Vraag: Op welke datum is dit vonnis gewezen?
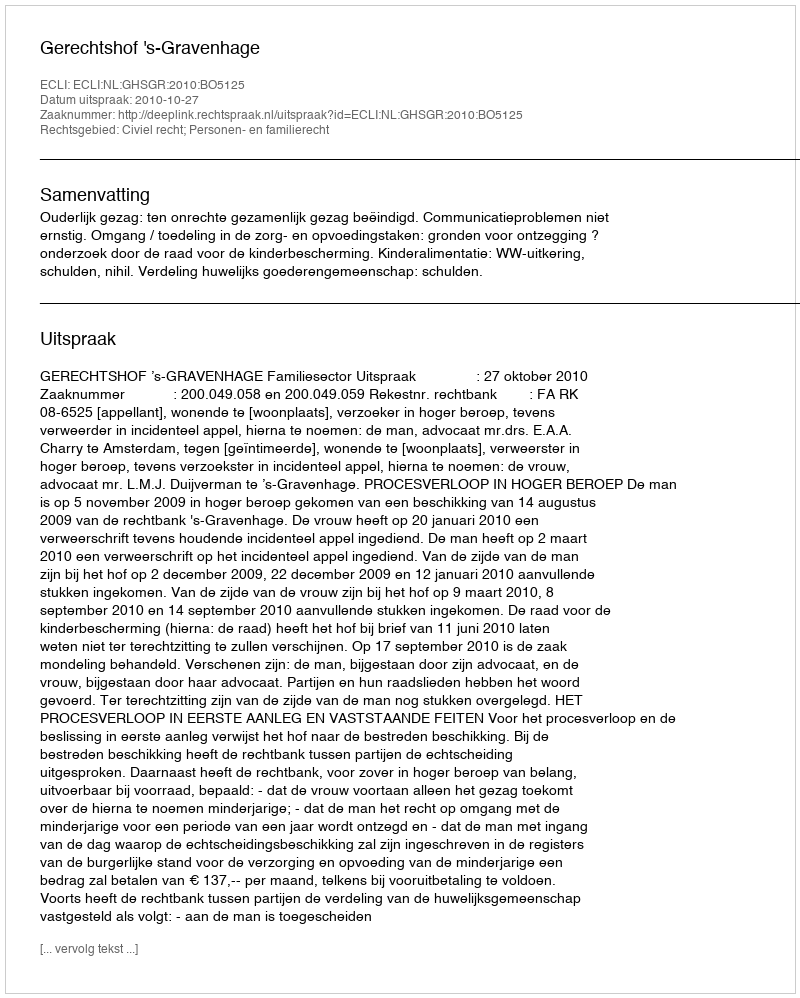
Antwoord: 2010-10-27